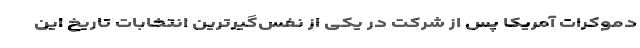
دموکرات آمریکا پس از شرکت در یکی از نفس‌گیرترین انتخابات تاریخ این